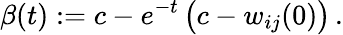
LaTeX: \beta(t):=c-e^{-t}\, \big(c-w_{ij}(0)\big)\, .